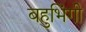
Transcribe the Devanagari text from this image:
बहुभिंगी